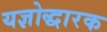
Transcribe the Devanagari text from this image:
यज्ञोद्धारक